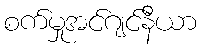
စက်မှုအင်ဂျင်နီယာ